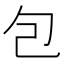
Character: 包